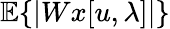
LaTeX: {\mathbb E}\{ |Wx[u,\lambda]|\}